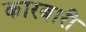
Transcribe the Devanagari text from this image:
कारबारी